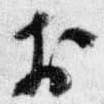
於